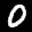
Label: 0